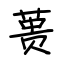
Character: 蒉